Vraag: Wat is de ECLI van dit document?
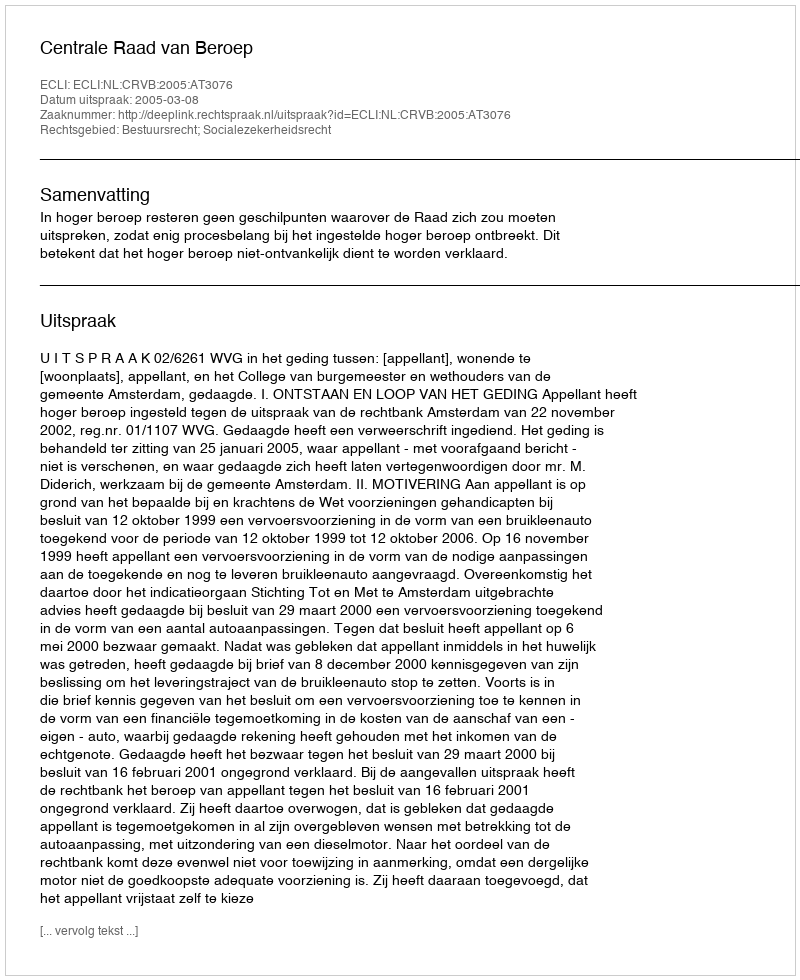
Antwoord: ECLI:NL:CRVB:2005:AT3076